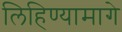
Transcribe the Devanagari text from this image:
लिहिण्यामागे